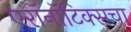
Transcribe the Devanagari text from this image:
एरॉनॉटिक्सचा